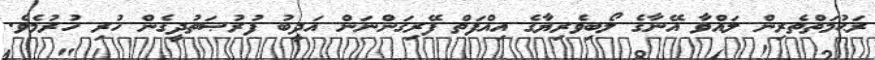
ރަޙުމަތްތެރިން ލައްވާ އޭނާގެ ލޯބިވެރިޔާގެ އިއްފަތް ފޭރިގަންނަން އަދީބު ފުރުޞަތުދީގެން ހުރި ހުރުމެވެ.